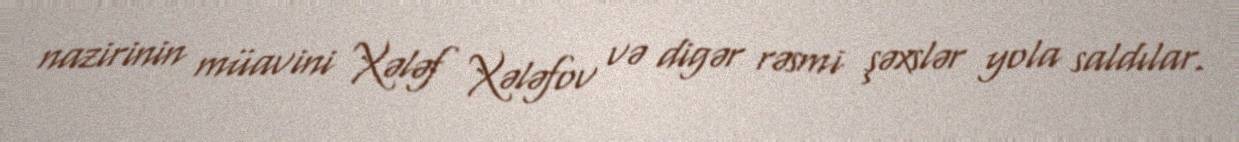
nazirinin müavini Xələf Xələfov və digər rəsmi şəxslər yola saldılar.